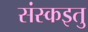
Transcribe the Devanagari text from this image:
संस्कइतु